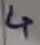
Text: 4